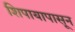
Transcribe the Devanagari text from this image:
शिपायापासून